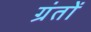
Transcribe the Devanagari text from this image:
ग्रंतों